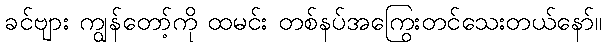
ခင်ဗျား ကျွန်တော့်ကို ထမင်း တစ်နပ်အကြွေးတင်သေးတယ်နော်။